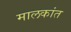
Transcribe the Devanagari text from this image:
मालकांत